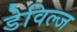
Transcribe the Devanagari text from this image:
डेविल्ज